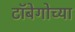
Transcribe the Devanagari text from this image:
टॉबेगोच्या